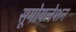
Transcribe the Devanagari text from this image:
सूमोयलेशन